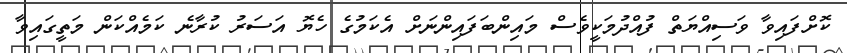
ކޮށްފައިވާ ވަސިއްޔަތް ފުއްދުމަކީވެސް މައިންބަފައިންނަށް އެކަމުގެ ހެޔޮ އަސަރު ކުރާނެ ކަމެއްކަން މަތީގައިވާ